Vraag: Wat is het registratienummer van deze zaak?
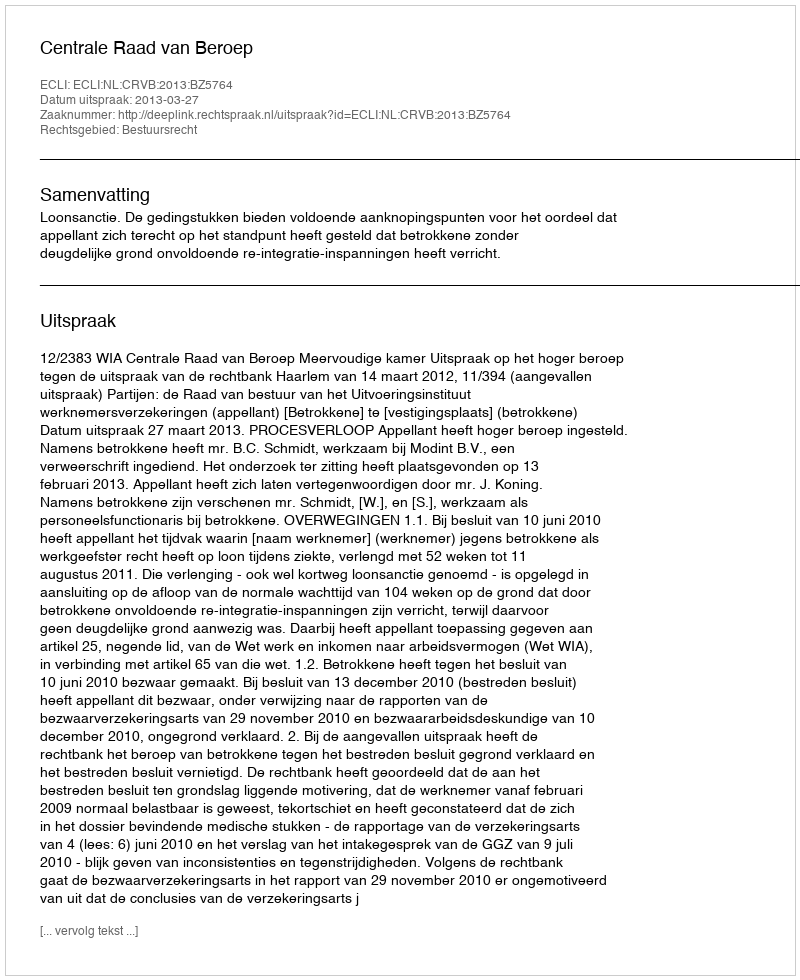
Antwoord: http://deeplink.rechtspraak.nl/uitspraak?id=ECLI:NL:CRVB:2013:BZ5764